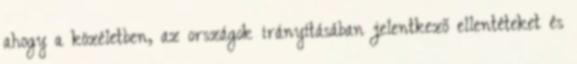
ahogy a közéletben, az országok irányításában jelentkező ellentéteket és